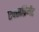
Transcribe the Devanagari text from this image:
एक्सप्रिमेंट